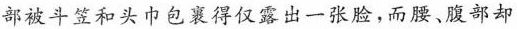
部被斗笠和头巾包裹得仅露出一张脸，而腰、腹部却